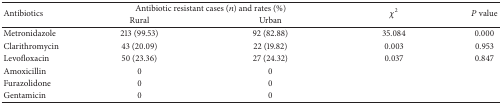
| <ROWSPAN=2> Antibiotics | <COLSPAN=2> Antibiotic resistant cases (n) and rates (%) | <ROWSPAN=2> χ2 | <ROWSPAN=2> P value |
 | Rural | Urban |
 | --- | --- | --- | --- | --- |
 | Metronidazole | 213 (99.53) | 92 (82.88) | 35.084 | 0.000 |
 | Clarithromycin | 43 (20.09) | 22 (19.82) | 0.003 | 0.953 |
 | Levofloxacin | 50 (23.36) | 27 (24.32) | 0.037 | 0.847 |
 | Amoxicillin | 0 | 0 |  |  |
 | Furazolidone | 0 | 0 |  |  |
 | Gentamicin | 0 | 0 |  |  |